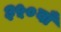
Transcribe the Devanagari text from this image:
३५०वाँ